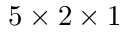
5 \times 2 \times 1